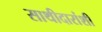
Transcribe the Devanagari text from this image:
साथीदारांशी